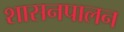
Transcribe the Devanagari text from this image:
शासनपालन